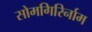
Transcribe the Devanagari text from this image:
सोमगिरिर्नाम